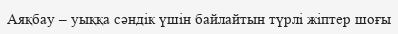
Аяқбау – уыққа сәндік үшін байлайтын түрлі жіптер шоғы